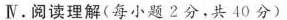
Ⅳ.阅读理解(每小题2分,共 40 分)